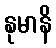
နုမာနိ